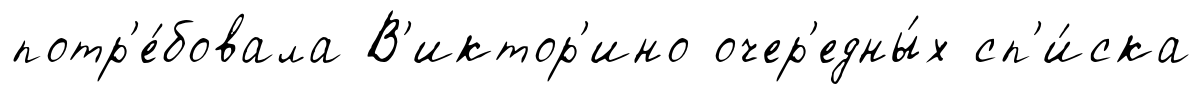
потр'е́бовала В'иктор'ино очер'едны́х сп'и́ска